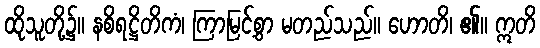
ထိုသူတို့၌။ နစိရဋ္ဌိတိကံ၊ ကြာမြင့်စွာ မတည်သည်။ ဟောတိ၊ ၏။ ဣတိ